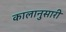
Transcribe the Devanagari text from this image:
कालानुसारी